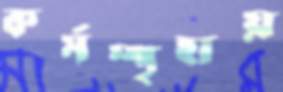
কর্মস্পৃহায়